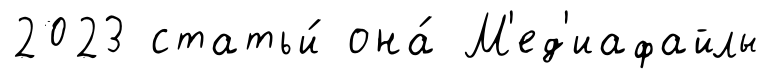
2023 статьи́ она́ М'ед'иафайлы